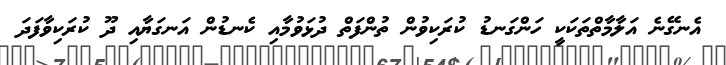
އެނގޭނެ އަލާމާތްތަކަކީ ހަންގަނޑު ކުރަކިވުން ތުންފަތް ދުޅަވުމާއި ކެނޑުން އަނގަޔާއި ދޫ ކުރަކިވާފަދަ